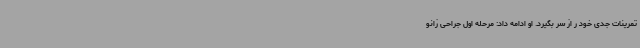
تمرینات جدی خود ر از سر بگیرد. او ادامه داد: مرحله اول جراحی زانو